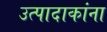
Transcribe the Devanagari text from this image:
उत्पादाकांना